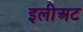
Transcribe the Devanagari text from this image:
इलीअट